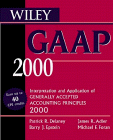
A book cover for Wiley GAAP 2000: Interpretation and Application of Generally Accepted Accounting Principles 2000; Patrick R. Delaney; Business & Money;